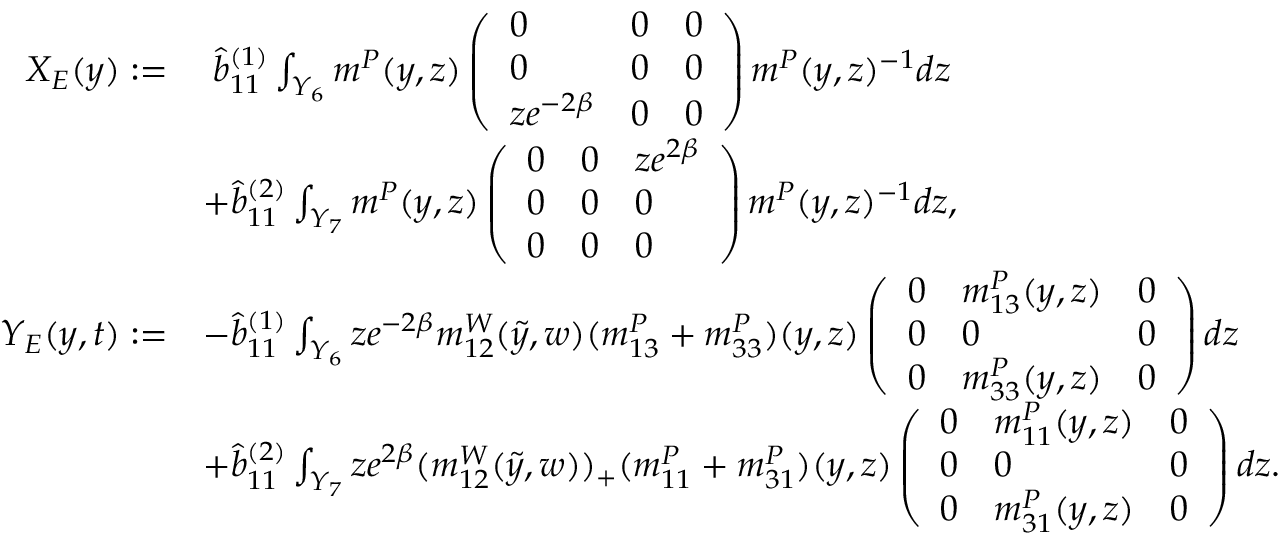
\begin{array} { r l } { X _ { E } ( y ) : = } & { \; \hat { b } _ { 1 1 } ^ { ( 1 ) } \int _ { Y _ { 6 } } m ^ { P } ( y , z ) \left( \begin{array} { l l l } { 0 } & { 0 } & { 0 } \\ { 0 } & { 0 } & { 0 } \\ { z e ^ { - 2 \beta } } & { 0 } & { 0 } \end{array} \right) m ^ { P } ( y , z ) ^ { - 1 } d z } \\ & { + \hat { b } _ { 1 1 } ^ { ( 2 ) } \int _ { Y _ { 7 } } m ^ { P } ( y , z ) \left( \begin{array} { l l l } { 0 } & { 0 } & { z e ^ { 2 \beta } } \\ { 0 } & { 0 } & { 0 } \\ { 0 } & { 0 } & { 0 } \end{array} \right) m ^ { P } ( y , z ) ^ { - 1 } d z , } \\ { Y _ { E } ( y , t ) : = } & { - \hat { b } _ { 1 1 } ^ { ( 1 ) } \int _ { Y _ { 6 } } z e ^ { - 2 \beta } m _ { 1 2 } ^ { W } ( \tilde { y } , w ) ( m _ { 1 3 } ^ { P } + m _ { 3 3 } ^ { P } ) ( y , z ) \left( \begin{array} { l l l } { 0 } & { m _ { 1 3 } ^ { P } ( y , z ) } & { 0 } \\ { 0 } & { 0 } & { 0 } \\ { 0 } & { m _ { 3 3 } ^ { P } ( y , z ) } & { 0 } \end{array} \right) d z } \\ & { + \hat { b } _ { 1 1 } ^ { ( 2 ) } \int _ { Y _ { 7 } } z e ^ { 2 \beta } ( m _ { 1 2 } ^ { W } ( \tilde { y } , w ) ) _ { + } ( m _ { 1 1 } ^ { P } + m _ { 3 1 } ^ { P } ) ( y , z ) \left( \begin{array} { l l l } { 0 } & { m _ { 1 1 } ^ { P } ( y , z ) } & { 0 } \\ { 0 } & { 0 } & { 0 } \\ { 0 } & { m _ { 3 1 } ^ { P } ( y , z ) } & { 0 } \end{array} \right) d z . } \end{array}